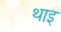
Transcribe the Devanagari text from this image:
थाइ